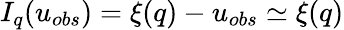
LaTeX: I_{q}(u_{obs})=\xi(q)-u_{obs}\simeq\xi(q)